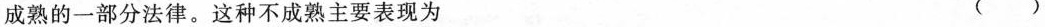
成熟的一部分法律。这种不成熟主要表现为 ()